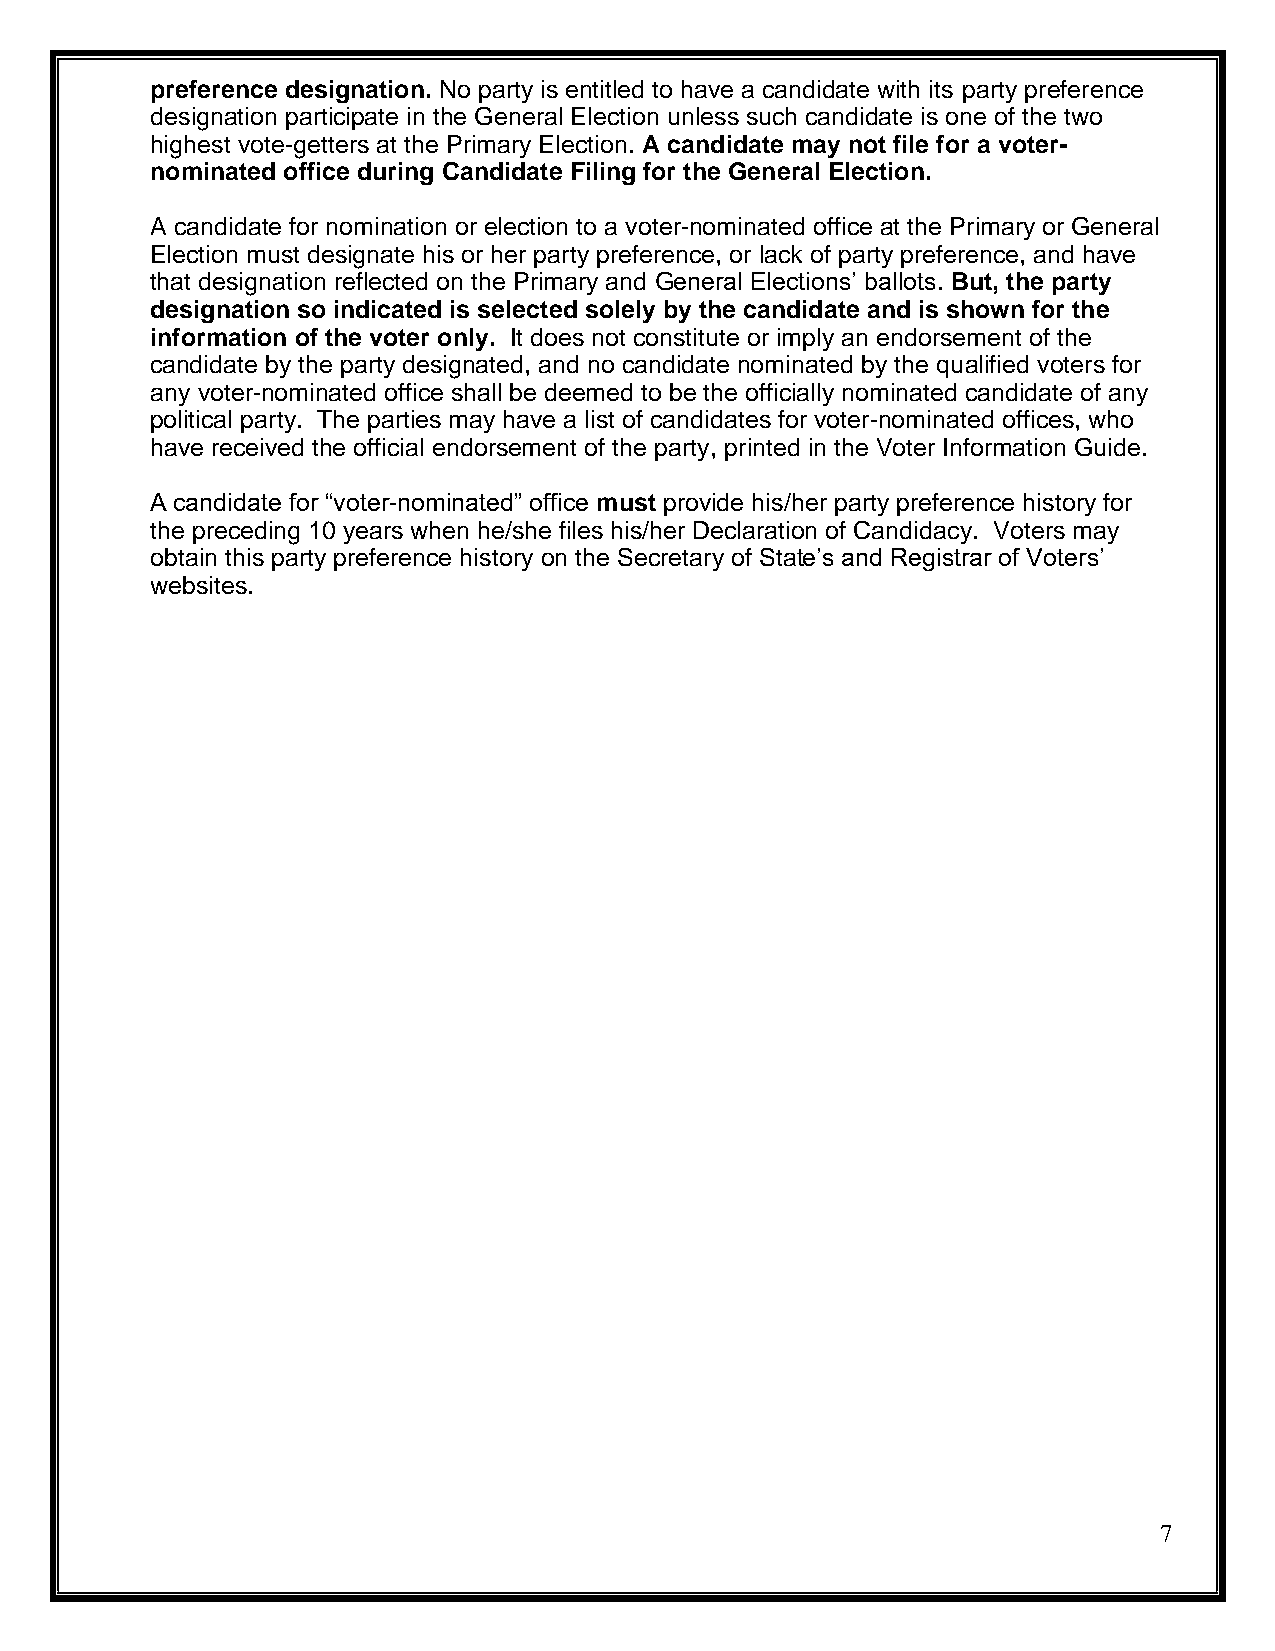
preference designation. No party is entitled to have a candidate with its party preference
 designation participate in the General Election unless such candidate is one of the two
 highest vote-getters at the Primary Election. A candidate may not file for a voter-
 nominated office during Candidate Filing for the General Election.
 A candidate for nomination or election to a voter-nominated office at the Primary or General
 Election must designate his or her party preference, or lack of party preference, and have
 that designation reflected on the Primary and General Elections’ ballots. But, the party
 designation so indicated is selected solely by the candidate and is shown for the
 information of the voter only. It does not constitute or imply an endorsement of the
 candidate by the party designated, and no candidate nominated by the qualified voters for
 any voter-nominated office shall be deemed to be the officially nominated candidate of any
 political party. The parties may have a list of candidates for voter-nominated offices, who
 have received the official endorsement of the party, printed in the Voter Information Guide.
 A candidate for “voter-nominated” office must provide his/her party preference history for
 the preceding 10 years when he/she files his/her Declaration of Candidacy. Voters may
 obtain this party preference history on the Secretary of State’s and Registrar of Voters’
 websites.
 7